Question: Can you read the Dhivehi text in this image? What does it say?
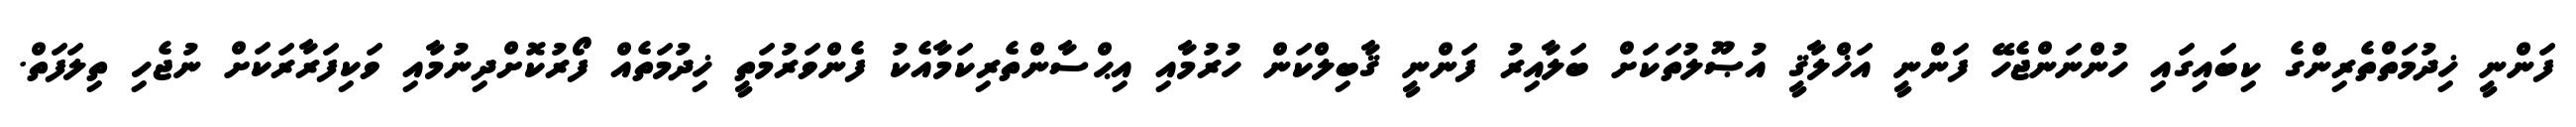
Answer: ފަންނީ ޚިދުމަތްތެރިންގެ ކިބައިގައި ހުންނަންޖެހޭ ފަންނީ އަޚްލާޤީ އުޞޫލުތަކަށް ބަލާއިރު ފަންނީ ޤާބިލްކަން ހުރުމާއި އިޙްސާންތެރިކަމާއެކު ފެންވަރުމަތީ ޚިދުމަތެއް ފޯރުކޮށްދިނުމާއި ވަކިފަރާރަކަށް ނުޖެހި ތިލަފަތް.